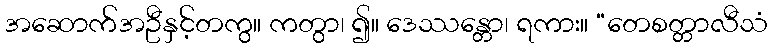
အဆောက်အဦနှင့်တကွ။ ကတွာ၊ ၍။ ဒေဿန္တော၊ ရကား။ “တေစတ္တာလီသံ